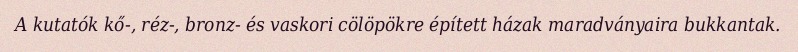
A kutatók kő-, réz-, bronz- és vaskori cölöpökre épített házak maradványaira bukkantak.